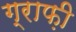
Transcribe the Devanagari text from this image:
ग्राफ़ी